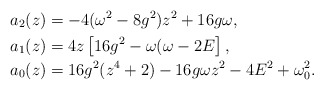
\begin{align*} a_2(z)&= - 4(\omega^2-8g^2)z^2+16g\omega, \\ a_1(z)&= 4z\left[16g^2-\omega(\omega-2E\right],\\ a_0(z)&=16g^2(z^4+2)-16g\omega z^2-4E^2 +\omega_0^2.\end{align*}